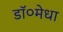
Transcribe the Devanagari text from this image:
डॉ०मेधा